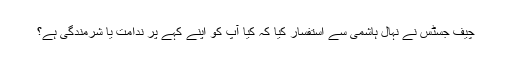
چیف جسٹس نے نہال ہاشمی سے استفسار کیا کہ کیا آپ کو اپنے کہے پر ندامت یا شرمندگی ہے؟